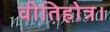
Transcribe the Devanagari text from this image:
वीतिहोत्र।